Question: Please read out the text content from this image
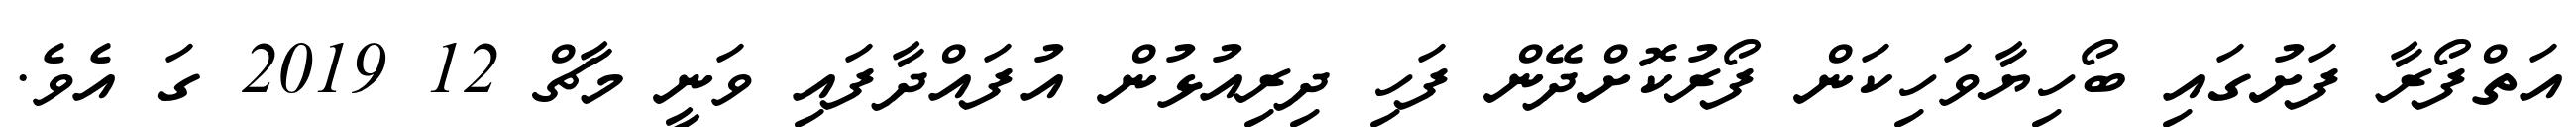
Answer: އަތްފޯރާ ފަށުގައި ބޯހިޔާވަހިކަން ފޯރުކޮށްދޭން ފަހި ދިރިއުޅުން އުފައްދާފައި ވަނީ މާޗް 12 2019 ގަ އެވެ.